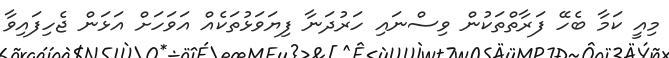
މިއީ ކަމާ ބެހޭ ފަރާތްތަކުން ވިސްނައި ހަރުދަނާ ފިޔަވަޅުތަކެއް އަވަހަށް އަޅަން ޖެހިފައިވާ